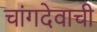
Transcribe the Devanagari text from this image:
चांगदेवाची